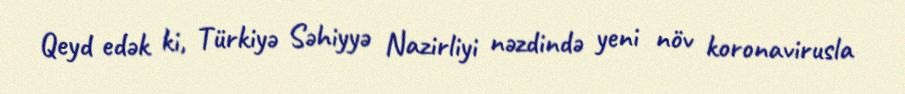
Qeyd edək ki, Türkiyə Səhiyyə Nazirliyi nəzdində yeni növ koronavirusla